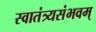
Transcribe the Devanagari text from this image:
स्वातंत्र्यसंभवम्